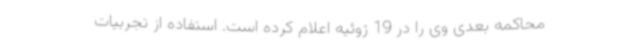
محاکمه بعدی وی را در 19 ژوئیه اعلام کرده است. استفاده از تجربیات